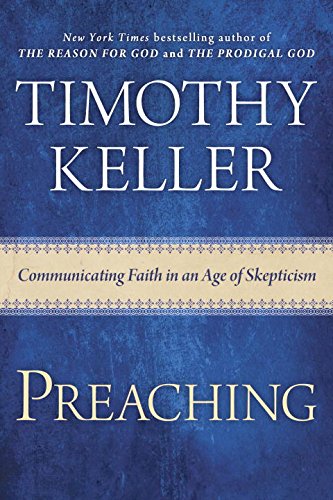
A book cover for Preaching: Communicating Faith in an Age of Skepticism; Timothy Keller; Christian Books & Bibles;